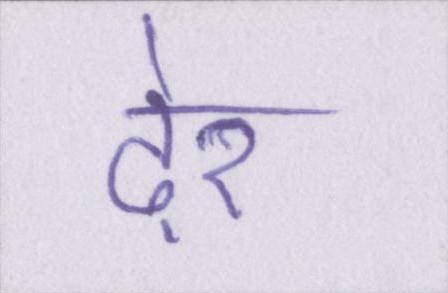
ढ़ेर